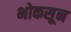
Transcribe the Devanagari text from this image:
भोकसून